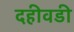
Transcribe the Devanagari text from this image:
दहीवडी